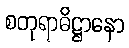
စတုရာဓိဋ္ဌာနော